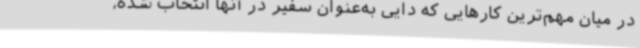
در میان مهم‌ترین کارهایی که دایی به‌عنوان سفیر در آنها انتخاب شده،